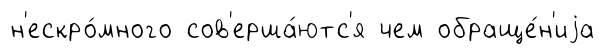
н'ескро́много сов'ерша́ютс'я чем обраще́н'иjа